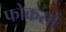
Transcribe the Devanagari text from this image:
फोकसों